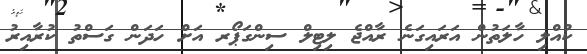
ކުއްލި ހާލަތުން އަރައިގަނެ ރާއްޖެ ލިޓިލް ސިންގަޕޯރ އަށް ހަދަން ގަސްތު ކުރާއިރު